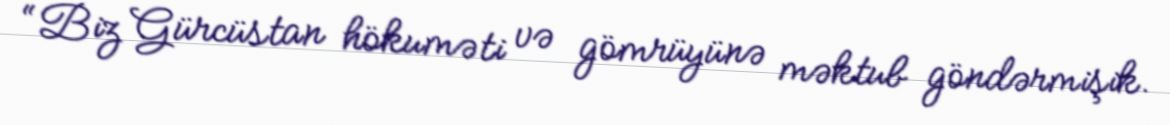
“Biz Gürcüstan hökuməti və gömrüyünə məktub göndərmişik.